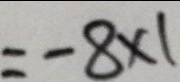
= - 8 \times 1